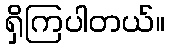
ရှိကြပါတယ်။